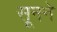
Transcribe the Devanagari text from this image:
सूनने